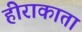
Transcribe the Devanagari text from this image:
हीराकाता